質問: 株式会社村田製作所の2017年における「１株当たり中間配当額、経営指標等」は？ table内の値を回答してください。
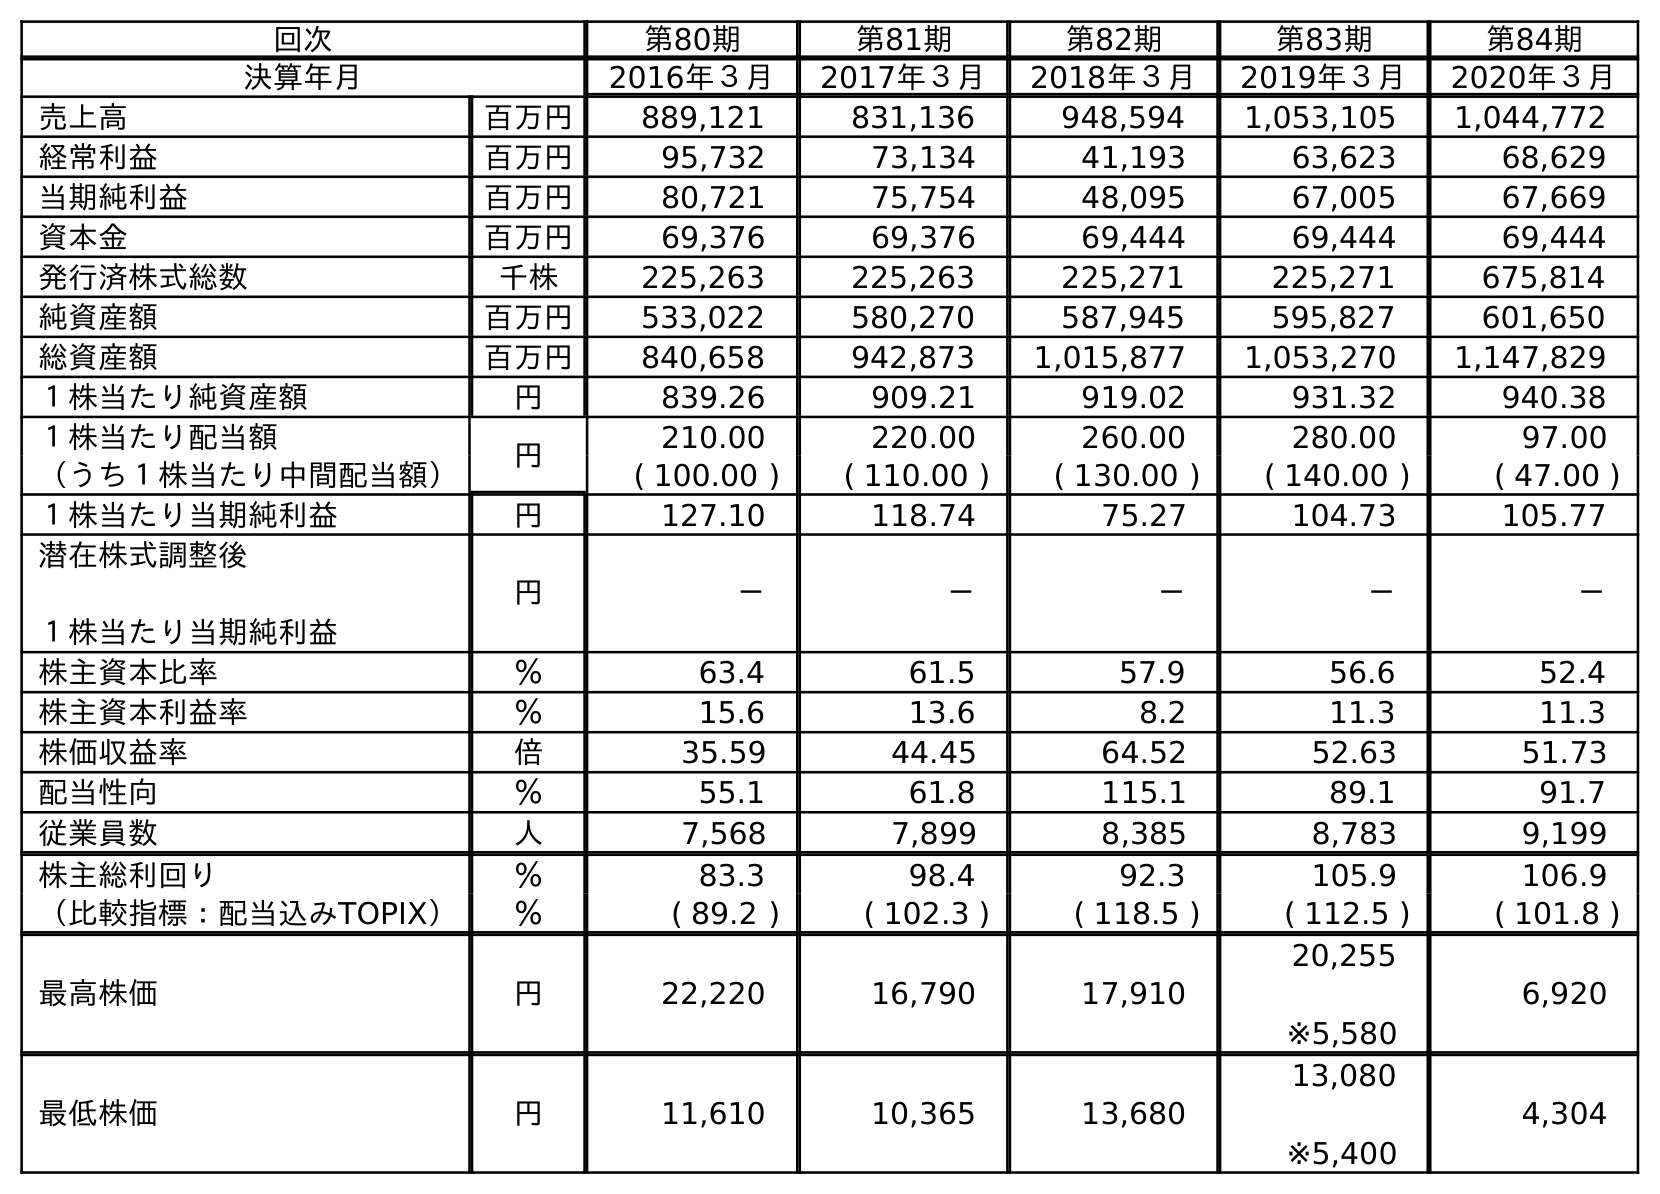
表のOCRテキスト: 回次 第80期 第81期 第82期 第83期 第84期 決算年月 2016年３月 2017年３月 2018年３月 2019年３月 2020年３月 売上高 百万円 889,121 831,136 948,594 1,053,105 1,044,772 経常利益 百万円 95,732 73,134 41,193 63,623 68,629 当期純利益 百万円 80,721 75,754 48,095 67,005 67,669 資本金 百万円 69,376 69,376 69,444 69,444 69,444 発行済株式総数 千株 225,263 225,263 225,271 225,271 675,814 純資産額 百万円 533,022 580,270 587,945 595,827 601,650 総資産額 百万円 840,658 942,873 1,015,877 1,053,270 1,147,829 １株当たり純資産額 円 839.26 909.21 919.02 931.32 940.38 １株当たり配当額 円 210.00 220.00 260.00 280.00 97.00 （うち１株当たり中間配当額） ( 100.00 ) ( 110.00 ) ( 130.00 ) ( 140.00 ) ( 47.00 ) １株当たり当期純利益 円 127.10 118.74 75.27 104.73 105.77 潜在株式調整後 １株当たり当期純利益 円 － － － － － 株主資本比率 ％ 63.4 61.5 57.9 56.6 52.4 株主資本利益率 ％ 15.6 13.6 8.2 11.3 11.3 株価収益率 倍 35.59 44.45 64.52 52.63 51.73 配当性向 ％ 55.1 61.8 115.1 89.1 91.7 従業員数 人 7,568 7,899 8,385 8,783 9,199 株主総利回り ％ 83.3 98.4 92.3 105.9 106.9 （比較指標：配当込みTOPIX） ％ ( 89.2 ) ( 102.3 ) ( 118.5 ) ( 112.5 ) ( 101.8 ) 最高株価 円 22,220 16,790 17,910 20,255 ※5,580 6,920 最低株価 円 11,610 10,365 13,680 13,080 ※5,400 4,304
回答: (110.00)